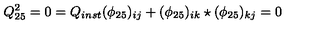
Q _ { 2 5 } ^ { 2 } = 0 = Q _ { i n s t } ( \phi _ { 2 5 } ) _ { i j } + ( \phi _ { 2 5 } ) _ { i k } \star ( \phi _ { 2 5 } ) _ { k j } = 0